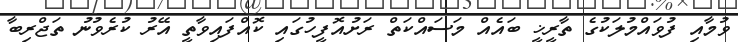
ވުމާއި ފުވައްމުލަކުގެ ތާރީޚީ ބައެއް މަސައްކަތް ރަށުއޮފީހުގައި ކޮއްފައިވާތީ އޭރު ކުރެވުނު ތަޖްރިބާ